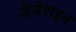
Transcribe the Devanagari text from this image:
डेजेराइन